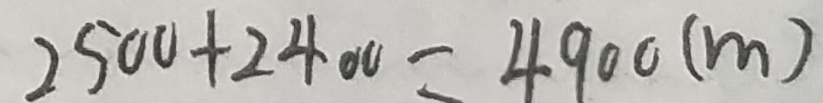
2 5 0 0 + 2 4 0 0 = 4 9 0 0 ( m )